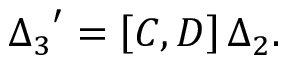
{ \Delta _ { 3 } } ^ { \prime } = \left[ C , D \right] \Delta _ { 2 } .